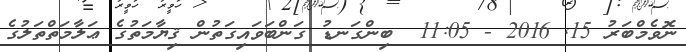
ނޮވެމްބަރު 15